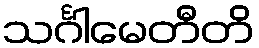
သင်္ဂါမေတီတိ